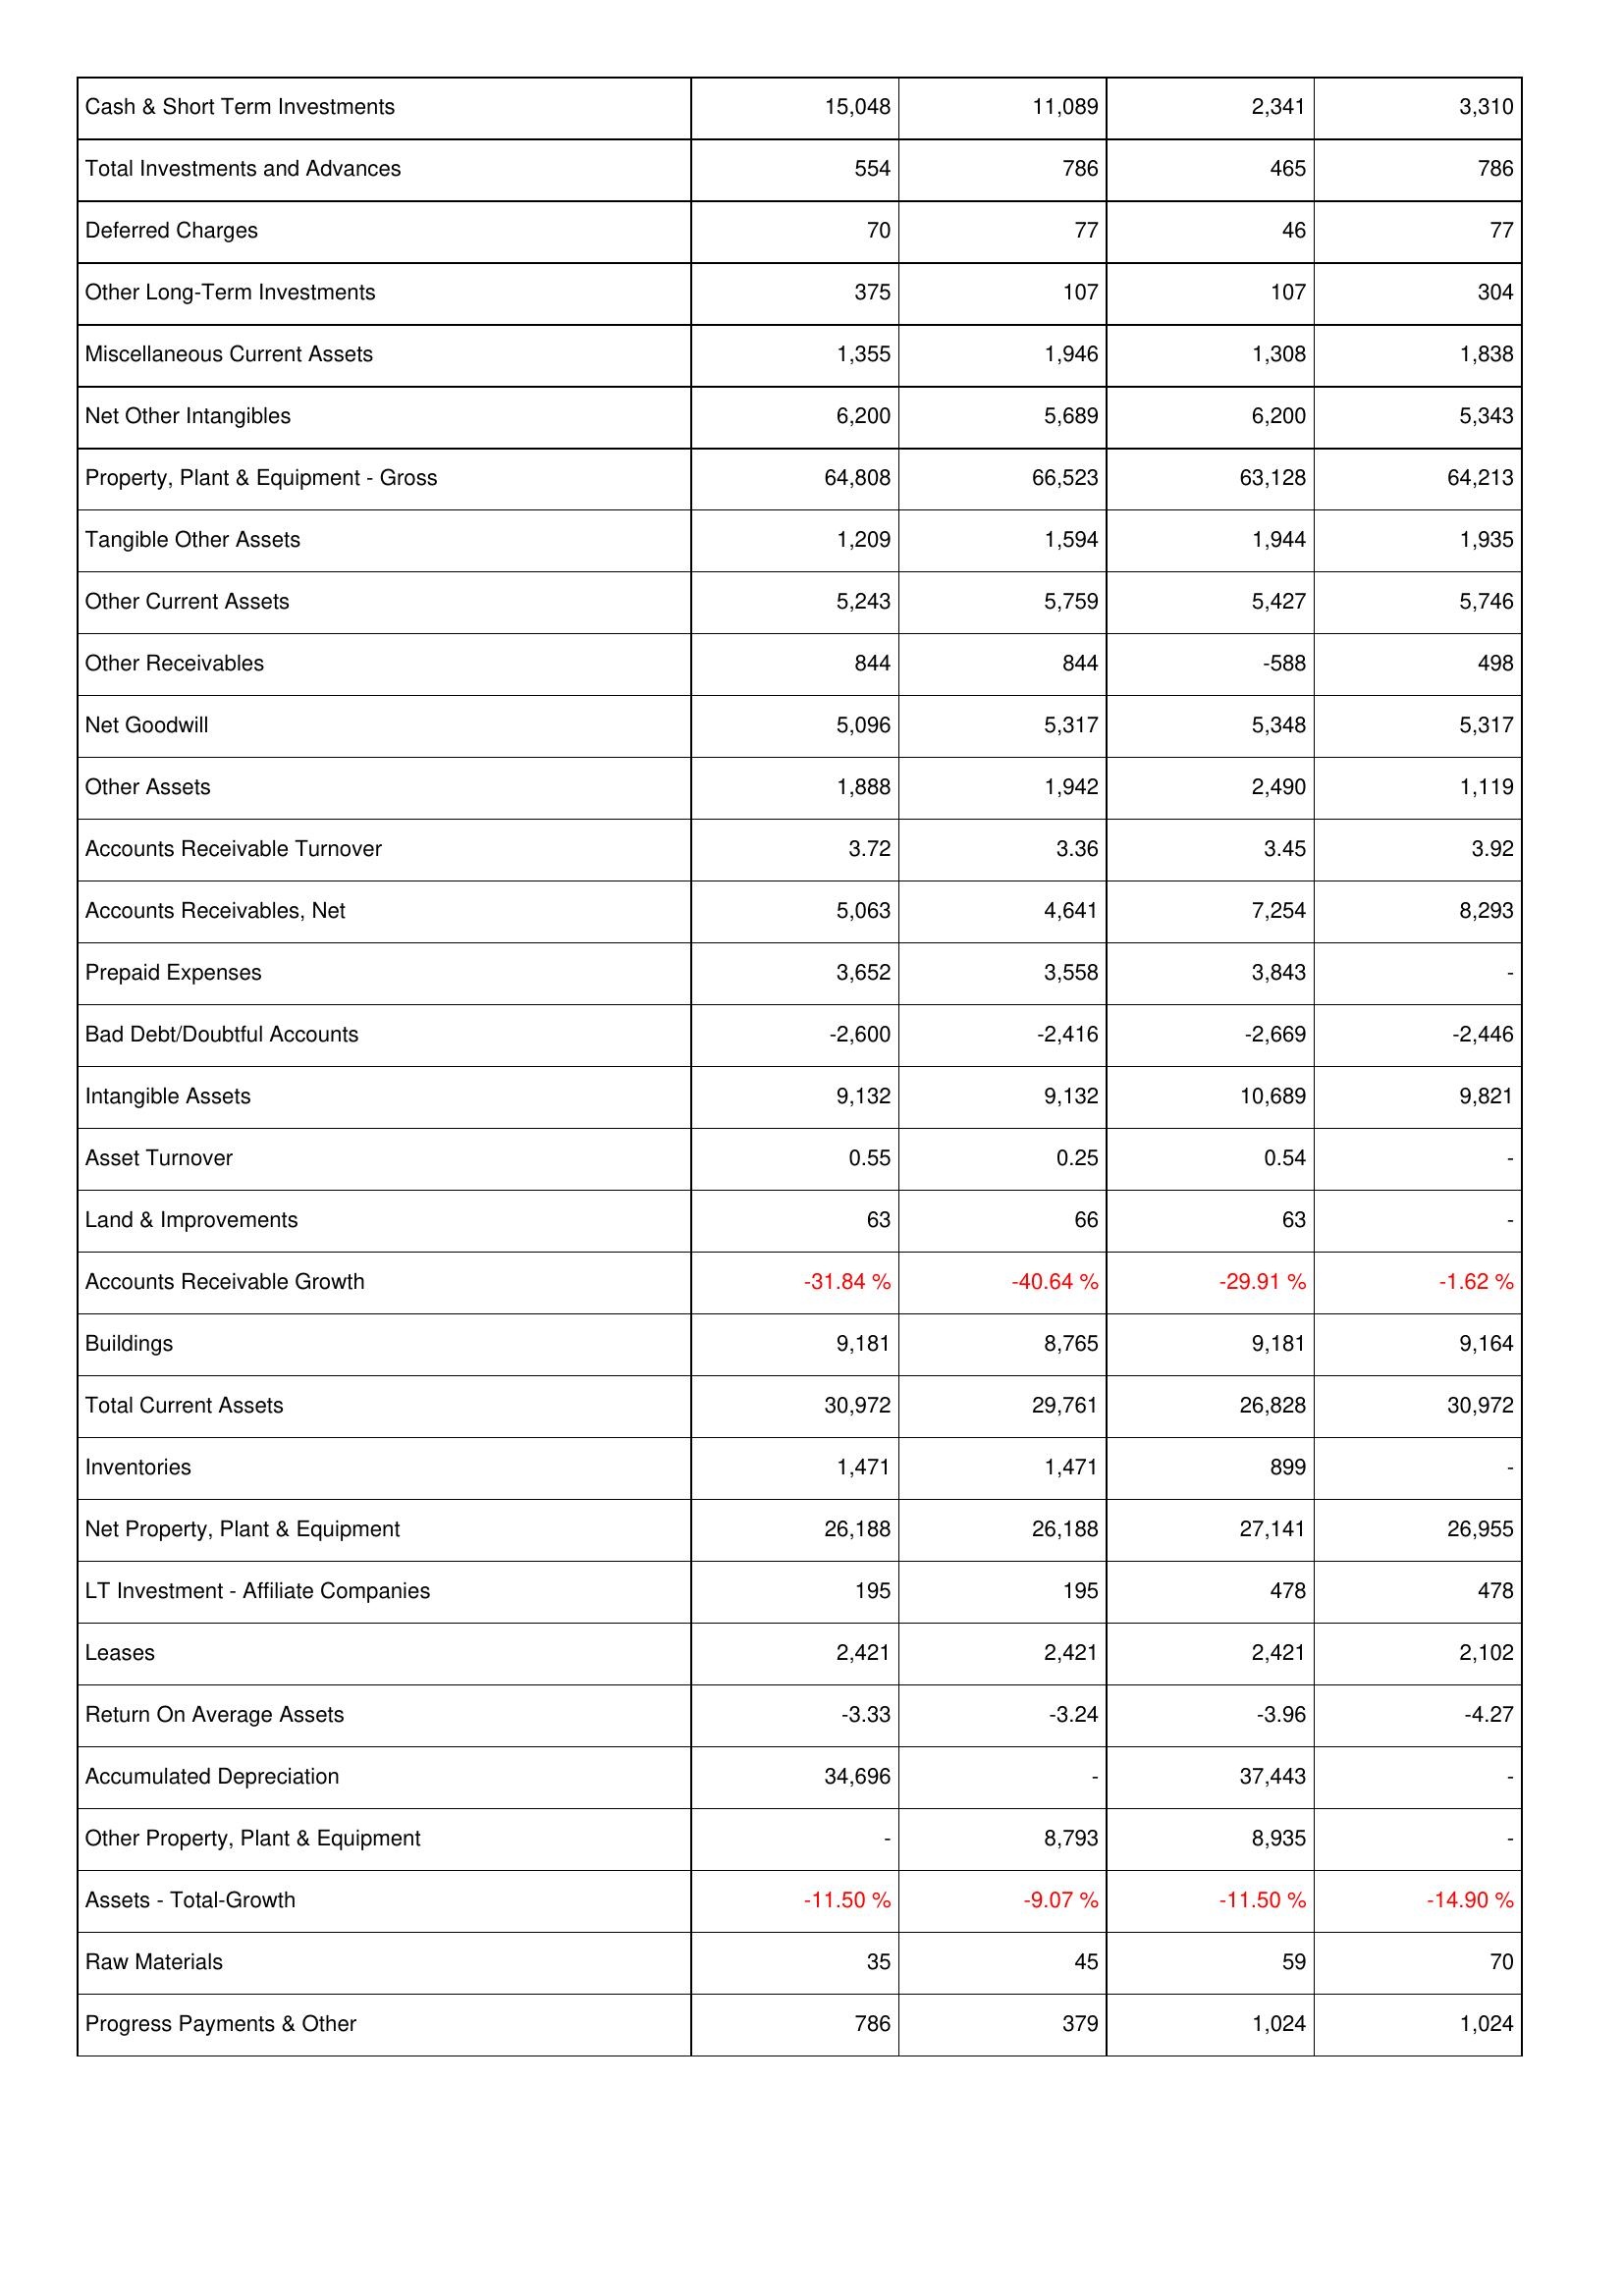
2019: Assets: Cash & Short Term Investments: 15,048
Total Investments and Advances: 554
Deferred Charges: 70
Other Long-Term Investments: 375
Miscellaneous Current Assets: 1,355
Net Other Intangibles: 6,200
Property, Plant & Equipment - Gross: 64,808
Tangible Other Assets: 1,209
Other Current Assets: 5,243
Other Receivables: 844
Net Goodwill: 5,096
Other Assets: 1,888
Accounts Receivable Turnover: 3.72
Accounts Receivables, Net: 5,063
Prepaid Expenses: 3,652
Bad Debt/Doubtful Accounts: -2,600
Intangible Assets: 9,132
Asset Turnover: 0.55
Land & Improvements: 63
Accounts Receivable Growth: -31.84 %
Buildings: 9,181
Total Current Assets: 30,972
Inventories: 1,471
Net Property, Plant & Equipment: 26,188
LT Investment - Affiliate Companies: 195
Leases: 2,421
Return On Average Assets: -3.33
Accumulated Depreciation: 34,696
Other Property, Plant & Equipment: -
Assets - Total-Growth: -11.50 %
Raw Materials: 35
Progress Payments & Other: 786
2020: Assets: Cash & Short Term Investments: 11,089
Total Investments and Advances: 786
Deferred Charges: 77
Other Long-Term Investments: 107
Miscellaneous Current Assets: 1,946
Net Other Intangibles: 5,689
Property, Plant & Equipment - Gross: 66,523
Tangible Other Assets: 1,594
Other Current Assets: 5,759
Other Receivables: 844
Net Goodwill: 5,317
Other Assets: 1,942
Accounts Receivable Turnover: 3.36
Accounts Receivables, Net: 4,641
Prepaid Expenses: 3,558
Bad Debt/Doubtful Accounts: -2,416
Intangible Assets: 9,132
Asset Turnover: 0.25
Land & Improvements: 66
Accounts Receivable Growth: -40.64 %
Buildings: 8,765
Total Current Assets: 29,761
Inventories: 1,471
Net Property, Plant & Equipment: 26,188
LT Investment - Affiliate Companies: 195
Leases: 2,421
Return On Average Assets: -3.24
Accumulated Depreciation: -
Other Property, Plant & Equipment: 8,793
Assets - Total-Growth: -9.07 %
Raw Materials: 45
Progress Payments & Other: 379
2021: Assets: Cash & Short Term Investments: 2,341
Total Investments and Advances: 465
Deferred Charges: 46
Other Long-Term Investments: 107
Miscellaneous Current Assets: 1,308
Net Other Intangibles: 6,200
Property, Plant & Equipment - Gross: 63,128
Tangible Other Assets: 1,944
Other Current Assets: 5,427
Other Receivables: -588
Net Goodwill: 5,348
Other Assets: 2,490
Accounts Receivable Turnover: 3.45
Accounts Receivables, Net: 7,254
Prepaid Expenses: 3,843
Bad Debt/Doubtful Accounts: -2,669
Intangible Assets: 10,689
Asset Turnover: 0.54
Land & Improvements: 63
Accounts Receivable Growth: -29.91 %
Buildings: 9,181
Total Current Assets: 26,828
Inventories: 899
Net Property, Plant & Equipment: 27,141
LT Investment - Affiliate Companies: 478
Leases: 2,421
Return On Average Assets: -3.96
Accumulated Depreciation: 37,443
Other Property, Plant & Equipment: 8,935
Assets - Total-Growth: -11.50 %
Raw Materials: 59
Progress Payments & Other: 1,024
2022: Assets: Cash & Short Term Investments: 3,310
Total Investments and Advances: 786
Deferred Charges: 77
Other Long-Term Investments: 304
Miscellaneous Current Assets: 1,838
Net Other Intangibles: 5,343
Property, Plant & Equipment - Gross: 64,213
Tangible Other Assets: 1,935
Other Current Assets: 5,746
Other Receivables: 498
Net Goodwill: 5,317
Other Assets: 1,119
Accounts Receivable Turnover: 3.92
Accounts Receivables, Net: 8,293
Prepaid Expenses: -
Bad Debt/Doubtful Accounts: -2,446
Intangible Assets: 9,821
Asset Turnover: -
Land & Improvements: -
Accounts Receivable Growth: -1.62 %
Buildings: 9,164
Total Current Assets: 30,972
Inventories: -
Net Property, Plant & Equipment: 26,955
LT Investment - Affiliate Companies: 478
Leases: 2,102
Return On Average Assets: -4.27
Accumulated Depreciation: -
Other Property, Plant & Equipment: -
Assets - Total-Growth: -14.90 %
Raw Materials: 70
Progress Payments & Other: 1,024